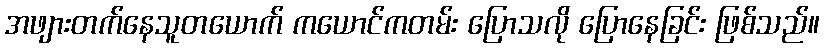
အဖျားတက်နေသူတယောက် ကယောင်ကတမ်း ပြောသလို ပြောနေခြင်း ဖြစ်သည်။